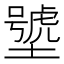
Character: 㙱